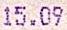
15.09